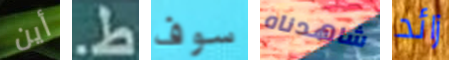
أين ط. سوف شاهدناه زائد